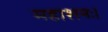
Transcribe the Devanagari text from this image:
महाशनः।